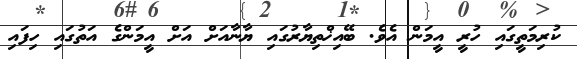
ކުރިމަތީގައި ހުރީ އީމަން އެވެ. ބޭއިޚްތިޔާރުގައި ޔާނާއަށް އަށް އީމަންގެ އަތުގައި ހިފައި